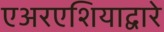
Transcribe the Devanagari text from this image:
एअरएशियाद्वारे